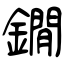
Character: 鐗